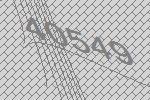
40549